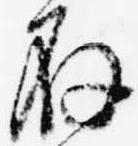
存